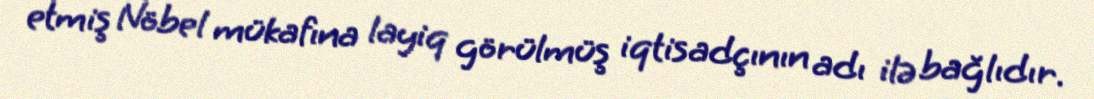
etmiş Nöbel mükafına layiq görülmüş iqtisadçının adı ilə bağlıdır.